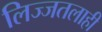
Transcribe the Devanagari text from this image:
लिज्जतलाही